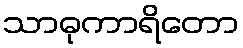
သာဓုကာရိတော